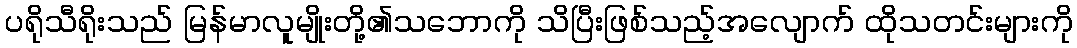
ပရိုသီရိုးသည် မြန်မာလူမျိုးတို့၏သဘောကို သိပြီးဖြစ်သည့်အလျောက် ထိုသတင်းများကို